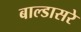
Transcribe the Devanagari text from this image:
बाल्डासरे